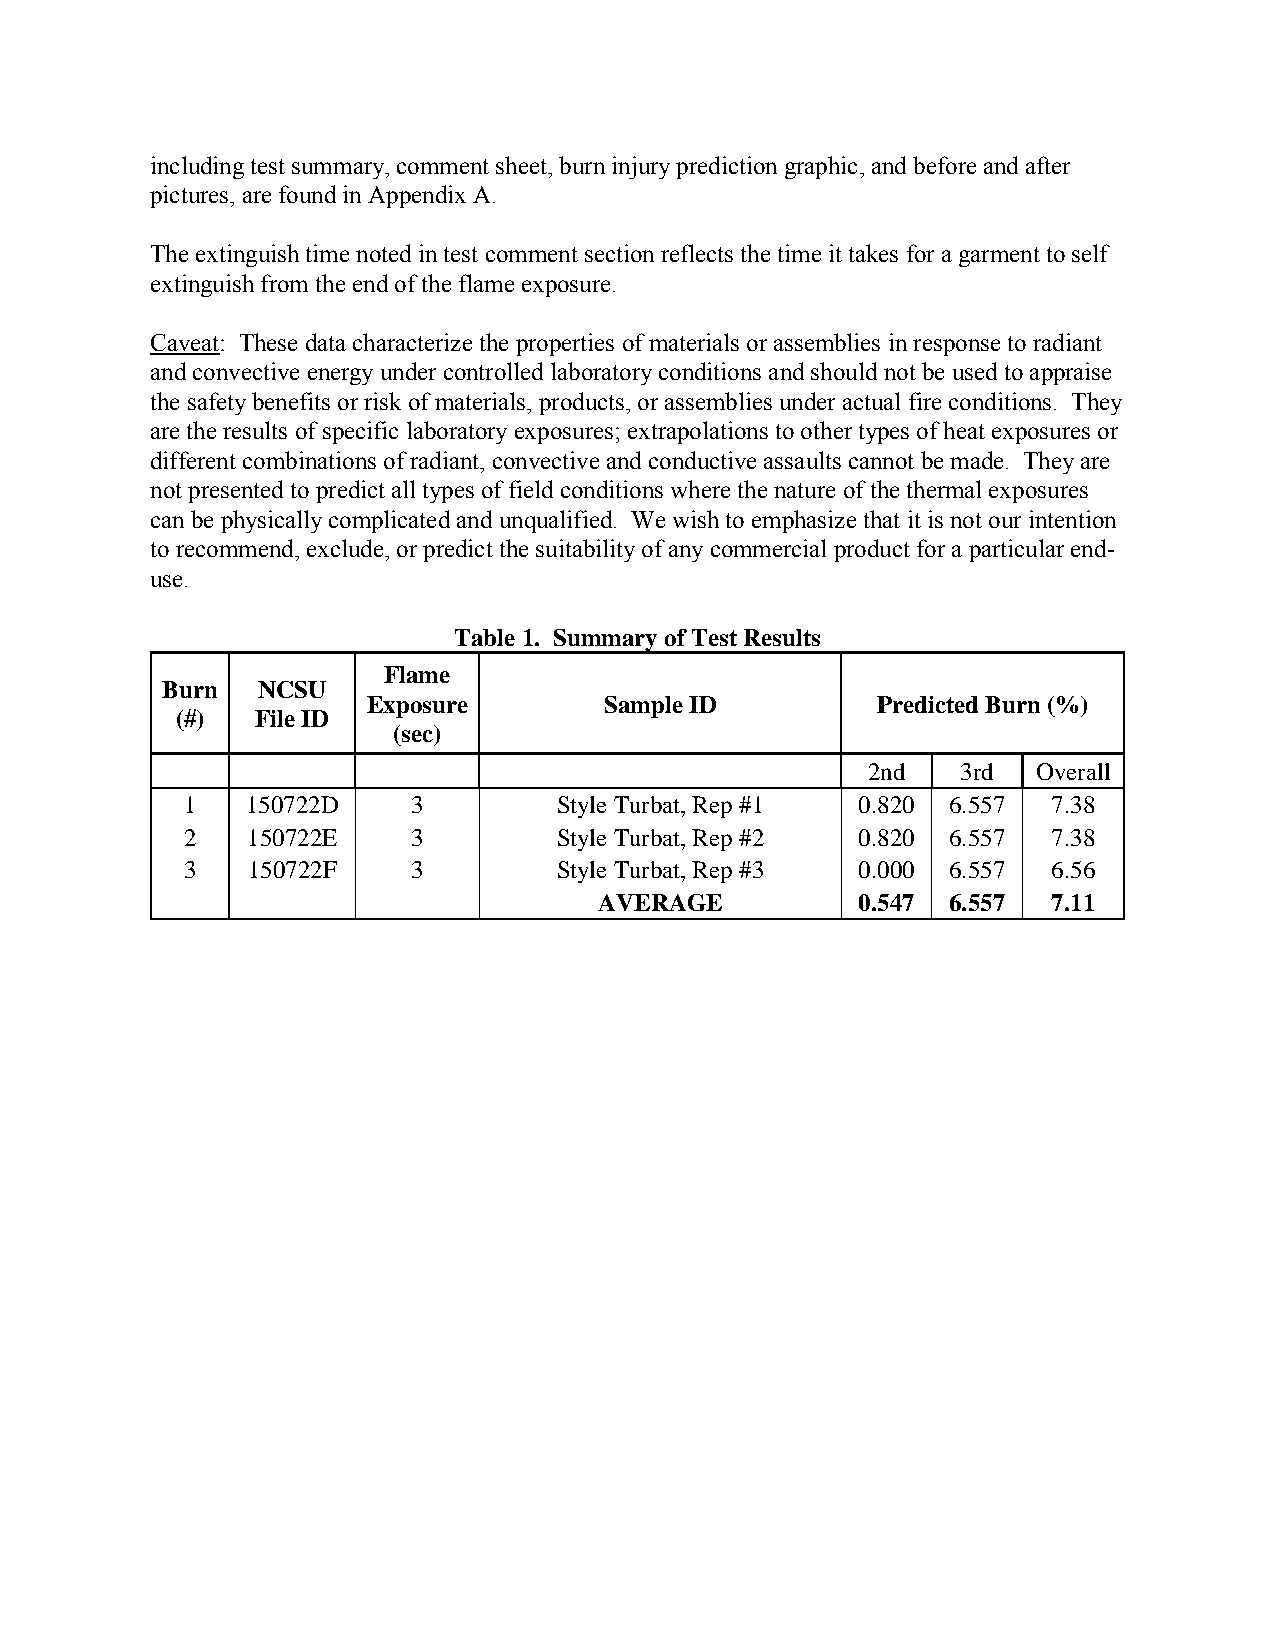
including test summary, comment sheet, burn injury prediction graphic, and before and after
 pictures, are found in Appendix A.
 The extinguish time noted in test comment section reflects the time it takes for a garment to self
 extinguish from the end of the flame exposure.
 Caveat: These data characterize the properties of materials or assemblies in response to radiant
 and convective energy under controlled laboratory conditions and should not be used to appraise
 the safety benefits or risk of materials, products, or assemblies under actual fire conditions. They
 are the results of specific laboratory exposures; extrapolations to other types of heat exposures or
 different combinations of radiant, convective and conductive assaults cannot be made. They are
 not presented to predict all types of field conditions where the nature of the thermal exposures
 can be physically complicated and unqualified. We wish to emphasize that it is not our intention
 to recommend, exclude, or predict the suitability of any commercial product for a particular end-
 use.
 Table 1. Summary of Test Results
 Flame
 Burn  NCSU
 Exposure        Sample ID         Predicted Burn (%)
 (#)  File ID
 (sec)
 2nd    3rd  Overall
 1   150722D    3         Style Turbat, Rep #1 0.820 6.557 7.38
 2   150722E    3         Style Turbat, Rep #2 0.820 6.557 7.38
 3   150722F    3         Style Turbat, Rep #3 0.000 6.557 6.56
 AVERAGE          0.547 6.557  7.11